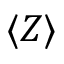
\langle Z \rangle